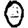
Digit: 0